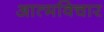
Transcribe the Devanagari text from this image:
आत्मविचार